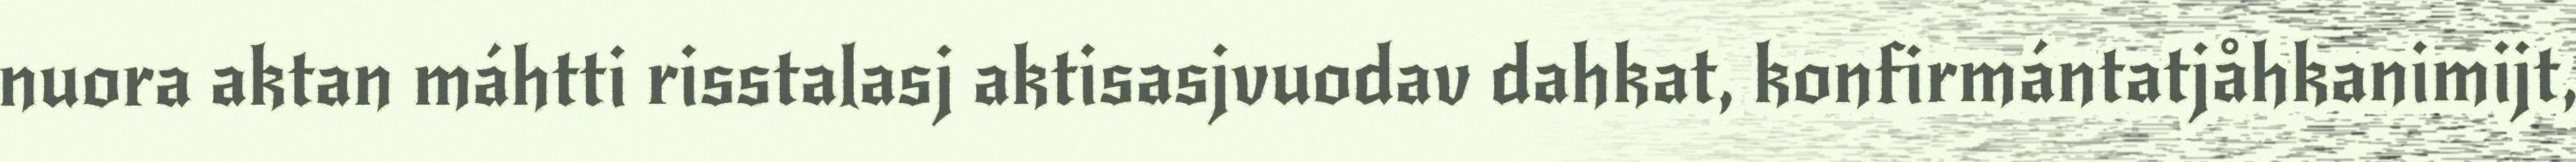
nuora aktan máhtti risstalasj aktisasjvuodav dahkat, konfirmántatjåhkanimijt,